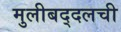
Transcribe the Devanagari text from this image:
मुलीबद्दलची